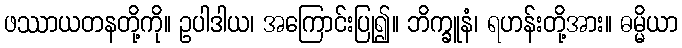
ဖဿာယတနတို့ကို။ ဥပါဒါယ၊ အကြောင်းပြု၍။ ဘိက္ခူနံ၊ ရဟန်းတို့အား။ ဓမ္မိယာ